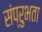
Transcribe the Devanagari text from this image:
संप्रुभता